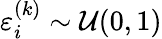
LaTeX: \varepsilon_{i}^{(k)}\sim\mathcal{U}(0,1)